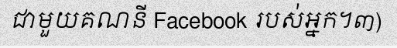
ជាមួយគណនី Facebook របស់អ្នក។៣)